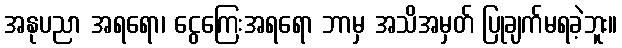
အနုပညာ အရရော၊ ငွေကြေးအရရော ဘာမှ အသိအမှတ် ပြုချက်မရခဲ့ဘူး။